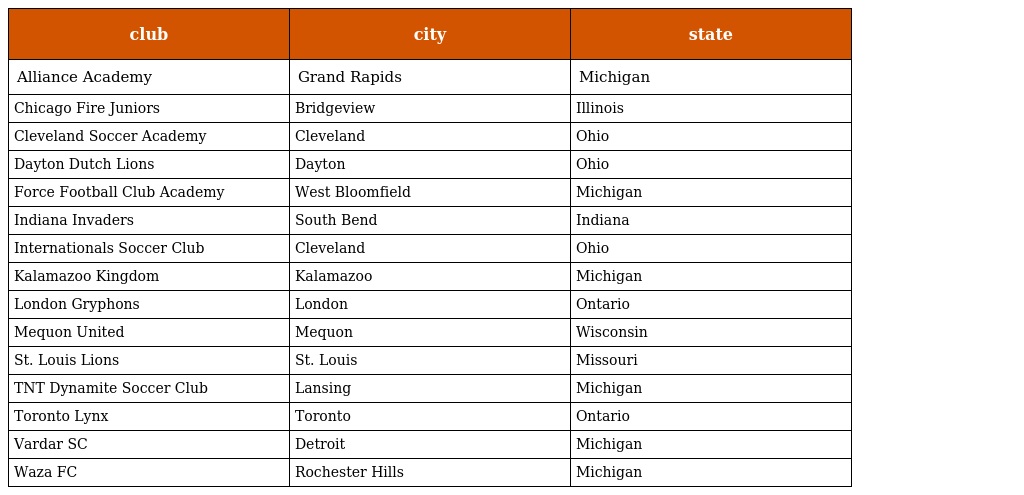
| club | city | state |
 | --- | --- | --- |
 | Alliance Academy | Grand Rapids | Michigan |
 | Chicago Fire Juniors | Bridgeview | Illinois |
 | Cleveland Soccer Academy | Cleveland | Ohio |
 | Dayton Dutch Lions | Dayton | Ohio |
 | Force Football Club Academy | West Bloomfield | Michigan |
 | Indiana Invaders | South Bend | Indiana |
 | Internationals Soccer Club | Cleveland | Ohio |
 | Kalamazoo Kingdom | Kalamazoo | Michigan |
 | London Gryphons | London | Ontario |
 | Mequon United | Mequon | Wisconsin |
 | St. Louis Lions | St. Louis | Missouri |
 | TNT Dynamite Soccer Club | Lansing | Michigan |
 | Toronto Lynx | Toronto | Ontario |
 | Vardar SC | Detroit | Michigan |
 | Waza FC | Rochester Hills | Michigan |